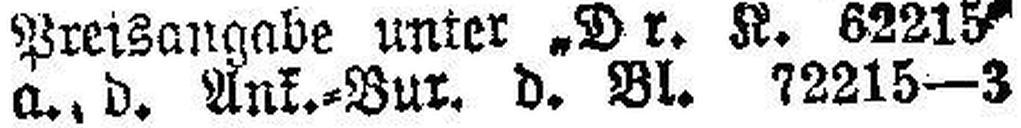
a., d. Ank.-Bur. d. Bl. 72215—3